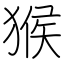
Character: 猴